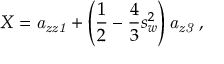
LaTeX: X = { \it a _ { z z 1 } } + \left( { \frac { 1 } { 2 } } - { \frac { 4 } { 3 } } s _ { w } ^ { 2 } \right) { \it a _ { z 3 } } \; ,